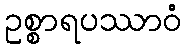
ဥစ္စာရပဿာဝံ